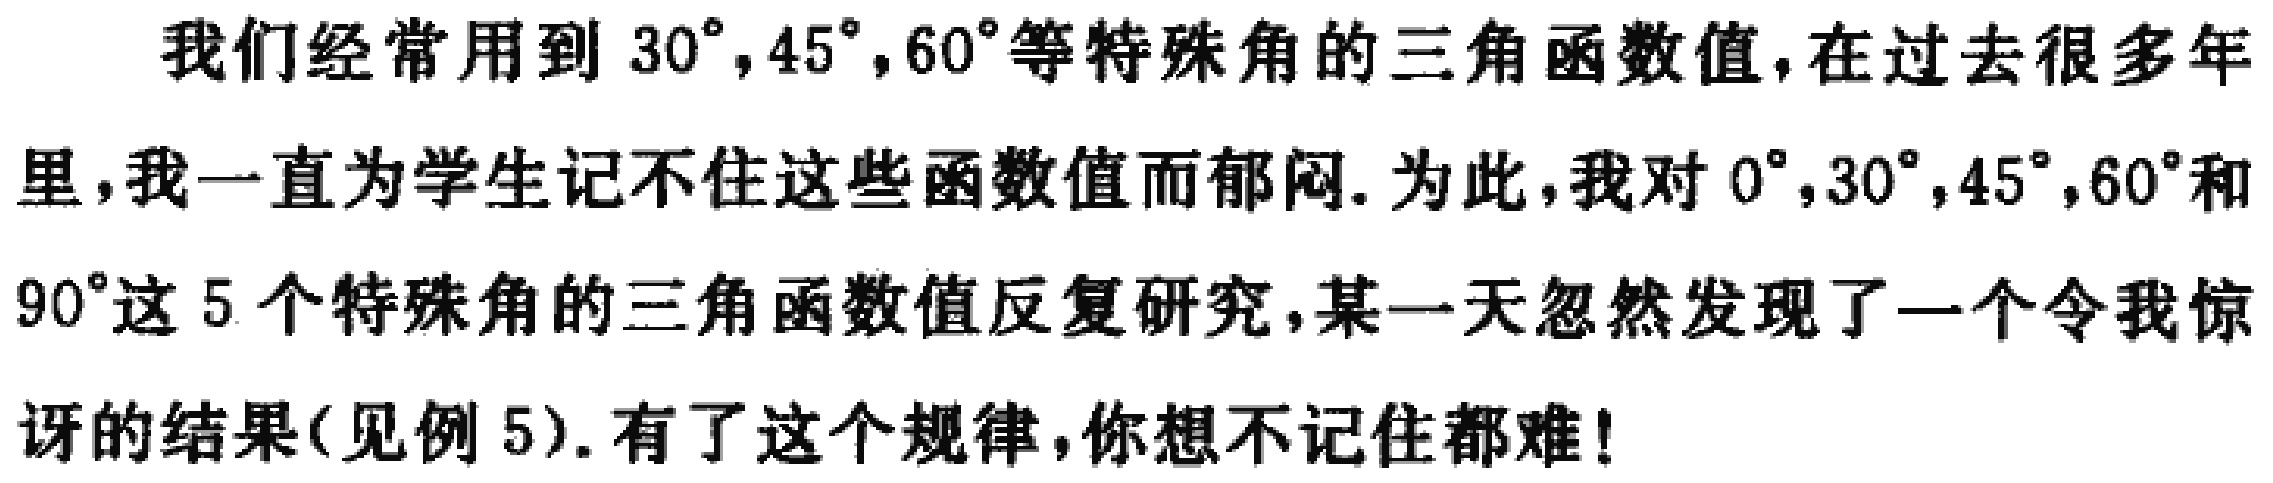
我们经常用到 \(30^{\circ},45^{\circ},60^{\circ}\)等特殊角的三角函数值,在过去很多年里,我一直为学生记不住这些函数值而郁闷. 为此,我对 \(0^{\circ},30^{\circ},45^{\circ},60^{\circ}\)和 \(90^{\circ}\)这 5 个特殊角的三角函数值反复研究,某一天忽然发现了一个令我惊讶的结果(见例 5). 有了这个规律,你想不记住都难!